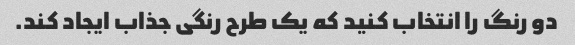
دو رنگ را انتخاب کنید که یک طرح رنگی جذاب ایجاد کند.